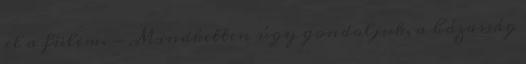
el a fülem. - Mindketten úgy gondoljuk, a házasság